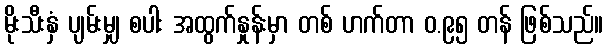
မိုးသီးနှံ ပျမ်းမျှ စပါး အထွက်နှုန်းမှာ တစ် ဟက်တာ ဝ.၉၅ တန် ဖြစ်သည်။